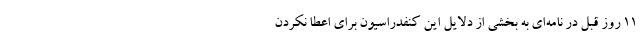
۱۱ روز قبل در نامه‌ای به بخشی از دلایل این کنفدراسیون برای اعطا نکردن